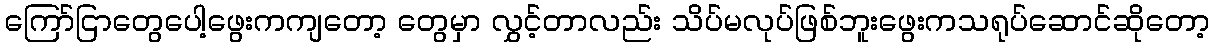
ကြော်ငြာတွေပေါ့ဖွေးကကျတော့ တွေမှာ လွှင့်တာလည်း သိပ်မလုပ်ဖြစ်ဘူးဖွေးကသရုပ်ဆောင်ဆိုတော့